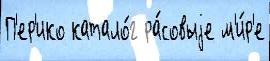
П'ер'ико катало́г ра́совыjе м'и́р'е